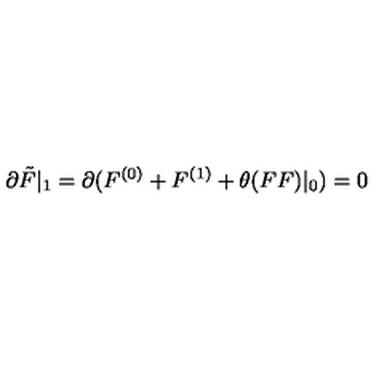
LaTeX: \partial \tilde { F } | _ { 1 } = \partial ( F ^ { ( 0 ) } + F ^ { ( 1 ) } + \theta ( F F ) | _ { 0 } ) = 0